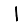
Digit: 1